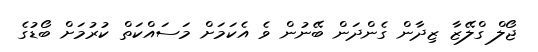
ޖޯލް ގްލޭޒާ ޒިދާން ގެންދަން ބޭނުން ވެ އެކަމަށް މަސައްކަތް ކުރުމަށް ބޯޑުގެ